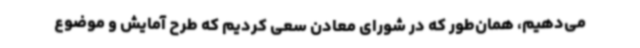
می‌دهیم، همان‌طور که در شورای معادن سعی کردیم که طرح آمایش و موضوع